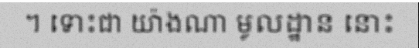
។ ទោះជា យ៉ាងណា មូលដ្ឋាន នោះ